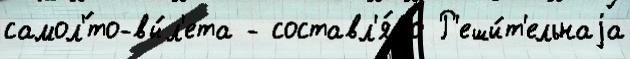
самол'́то-вы́л'ета - составл'я́ло Р'еши́т'ельнаjа